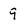
Character: 9